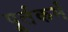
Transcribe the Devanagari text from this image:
पूर्तकर्म